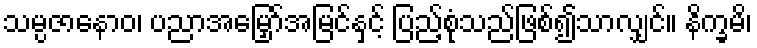
သမ္ပဇာနောဝ၊ ပညာအမြှော်အမြင်နှင့် ပြည့်စုံသည်ဖြစ်၍သာလျှင်။ နိက္ခမိ၊